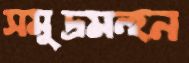
সমুদ্রমন্হন